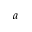
a